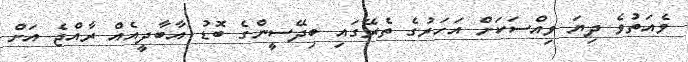
ވެއަތުވެ ދިޔަ ވިއްސަކަށް އަހަރުގެ ތެރޭގައި ބިދޭސީންގެ ބޮޑު އާބާދީއެއް ރާއްޖެ އަށް